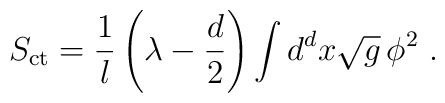
S_{\mathrm{ct}} =  \frac1l \left( \lambda -\frac{d}2 \right) \int  d^dx \sqrt{g}\, \phi^2~.